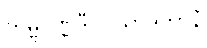
တမ္ဗပဏ္ဏိဒီပပသာဒကာနံ